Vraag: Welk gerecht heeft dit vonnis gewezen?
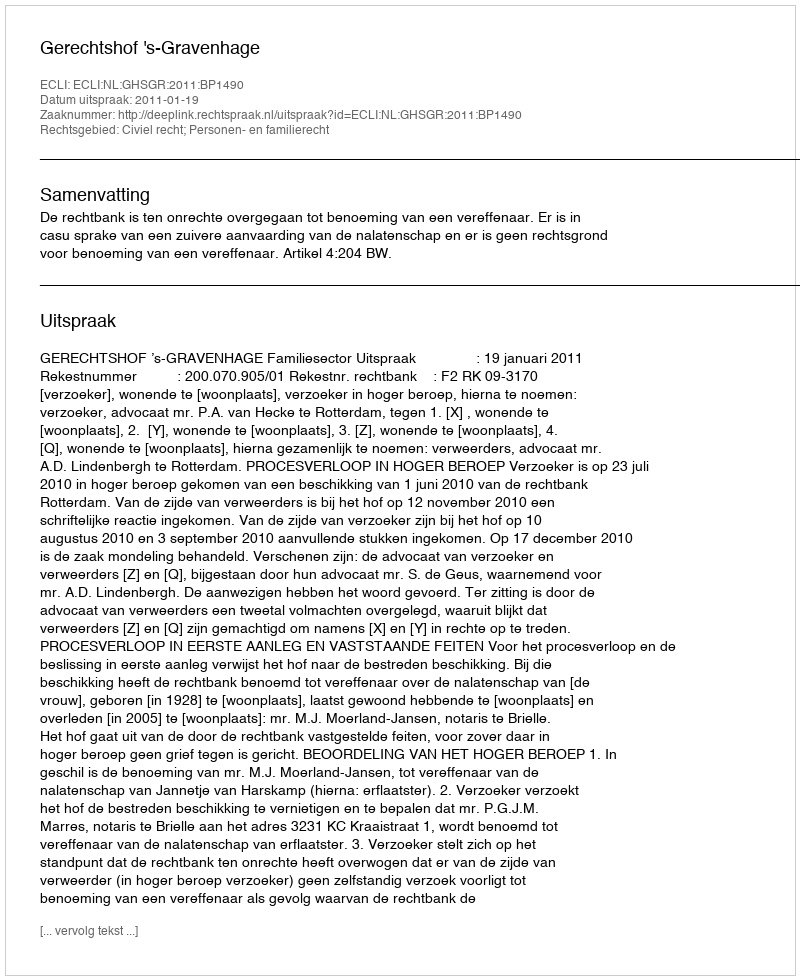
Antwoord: Gerechtshof 's-Gravenhage